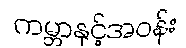
ကမ္ဘာနှင့်အဝန်း